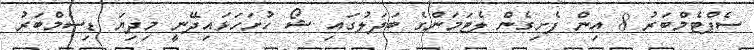
ސެޕްޓެމްބަރު 8 އިން ފެށިގެން ލެޓަމަންގެ ބަދަލުގައި ޝޯ ހުށަހަޅައިދޭނީ މިދިޔަ ޑިސެމްބަރު